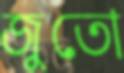
জুতো